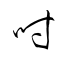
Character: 吋